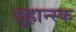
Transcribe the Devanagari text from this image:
लुहान्स्क